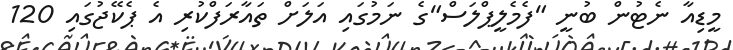
މީޑިއާ ނެޓުން ބުނީ "ފެމެލީޕްލަސް"ގެ ނަމުގައި އަލަށް ތައާރަފްކުރި އެ ޕެކޭޖުގައި 120